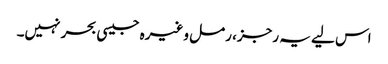
اس لیے یہ رجز، رمل وغیرہ جیسی بحر نہیں۔